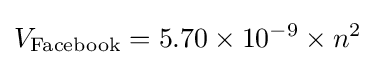
V_{\text{Facebook}}=5.70\times 10^{-9}\times n^{2}